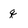
Character: q